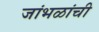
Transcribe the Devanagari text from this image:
जांभळांची